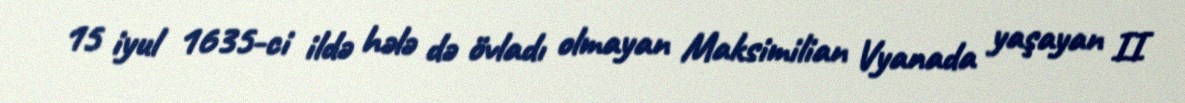
15 iyul 1635-ci ildə hələ də övladı olmayan Maksimilian Vyanada yaşayan II